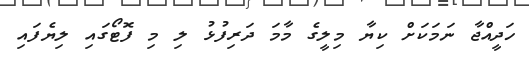
ހަދީއްޖާ ނަމަކަށް ކިޔާ މިލީގެ މާމަ ދަރިފުޅު ލި މި ފޮޓޯގައި ލިޔެފައި